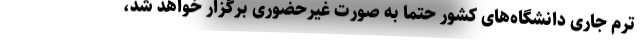
ترم جاری دانشگاه‌های کشور حتماً به صورت غیرحضوری برگزار خواهد شد،